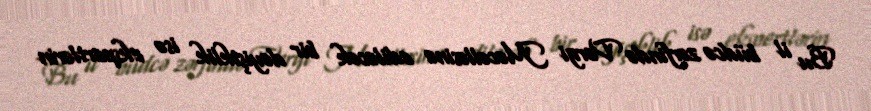
Bu il büdcə zərfində Vergi Məcəlləsinə ediləcək bir dəyişiklik isə ekspertlərin